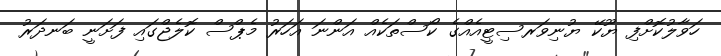
ހަވާލުކޮށްފި ޔޫކޭ ޔުނިވަރސިޓީއެއްގެ ކޯސްތަކެއް އަންނަ އަހަރު މެޕްސް ކޮލެޖްގައި ފަށަނީ ބަނދަރު